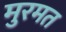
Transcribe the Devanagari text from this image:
मुरमत